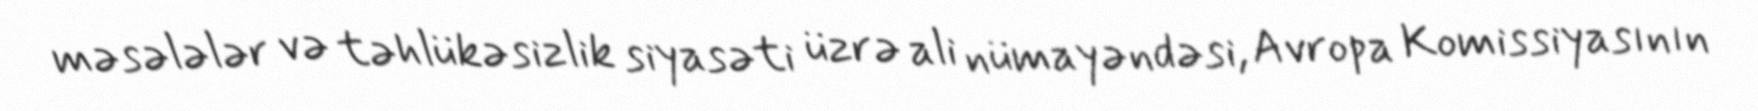
məsələlər və təhlükəsizlik siyasəti üzrə ali nümayəndəsi, Avropa Komissiyasının